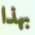
بهذا